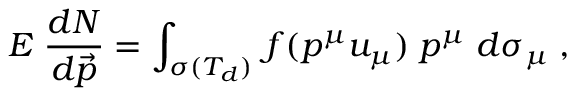
E \; \frac { d N } { d \vec { p } } = \int _ { \sigma ( T _ { d } ) } \, f ( p ^ { \mu } u _ { \mu } ) \; p ^ { \mu } \; d \sigma _ { \mu } \; ,